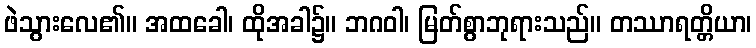
ဖဲသွားလေ၏။ အထခေါ၊ ထိုအခါ၌။ ဘဂဝါ၊ မြတ်စွာဘုရားသည်။ တဿာရတ္တိယာ၊